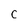
Character: C